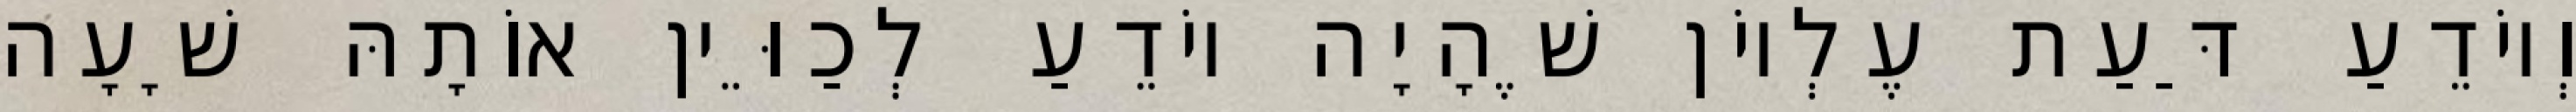
וְיוֹדֵעַ דַּעַת עֶלְיוֹן שֶׁהָיָה יוֹדֵעַ לְכַוֵּין אוֹתָהּ שָׁעָה